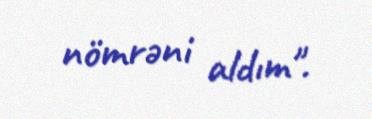
nömrəni aldım".